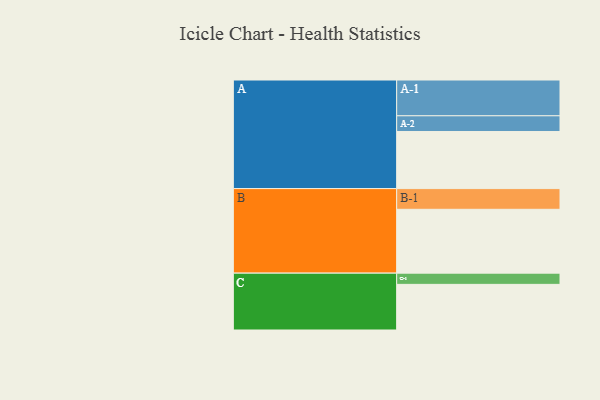
{"axis": {"x": "Segment", "y": "Value"}, "legend": ["", "A", "B", "C"], "data": [{"x": "A", "y": 458, "type": ""}, {"x": "B", "y": 512, "type": ""}, {"x": "C", "y": 366, "type": ""}, {"x": "A-1", "y": 287, "type": "A"}, {"x": "A-2", "y": 126, "type": "A"}, {"x": "B-1", "y": 166, "type": "B"}, {"x": "C-1", "y": 90, "type": "C"}]}